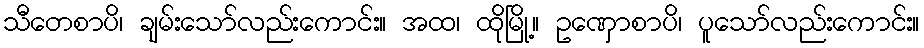
သီတေစာပိ၊ ချမ်းသော်လည်းကောင်း။ အထ၊ ထိုမြို့။ ဥဏှောစာပိ၊ ပူသော်လည်းကောင်း။